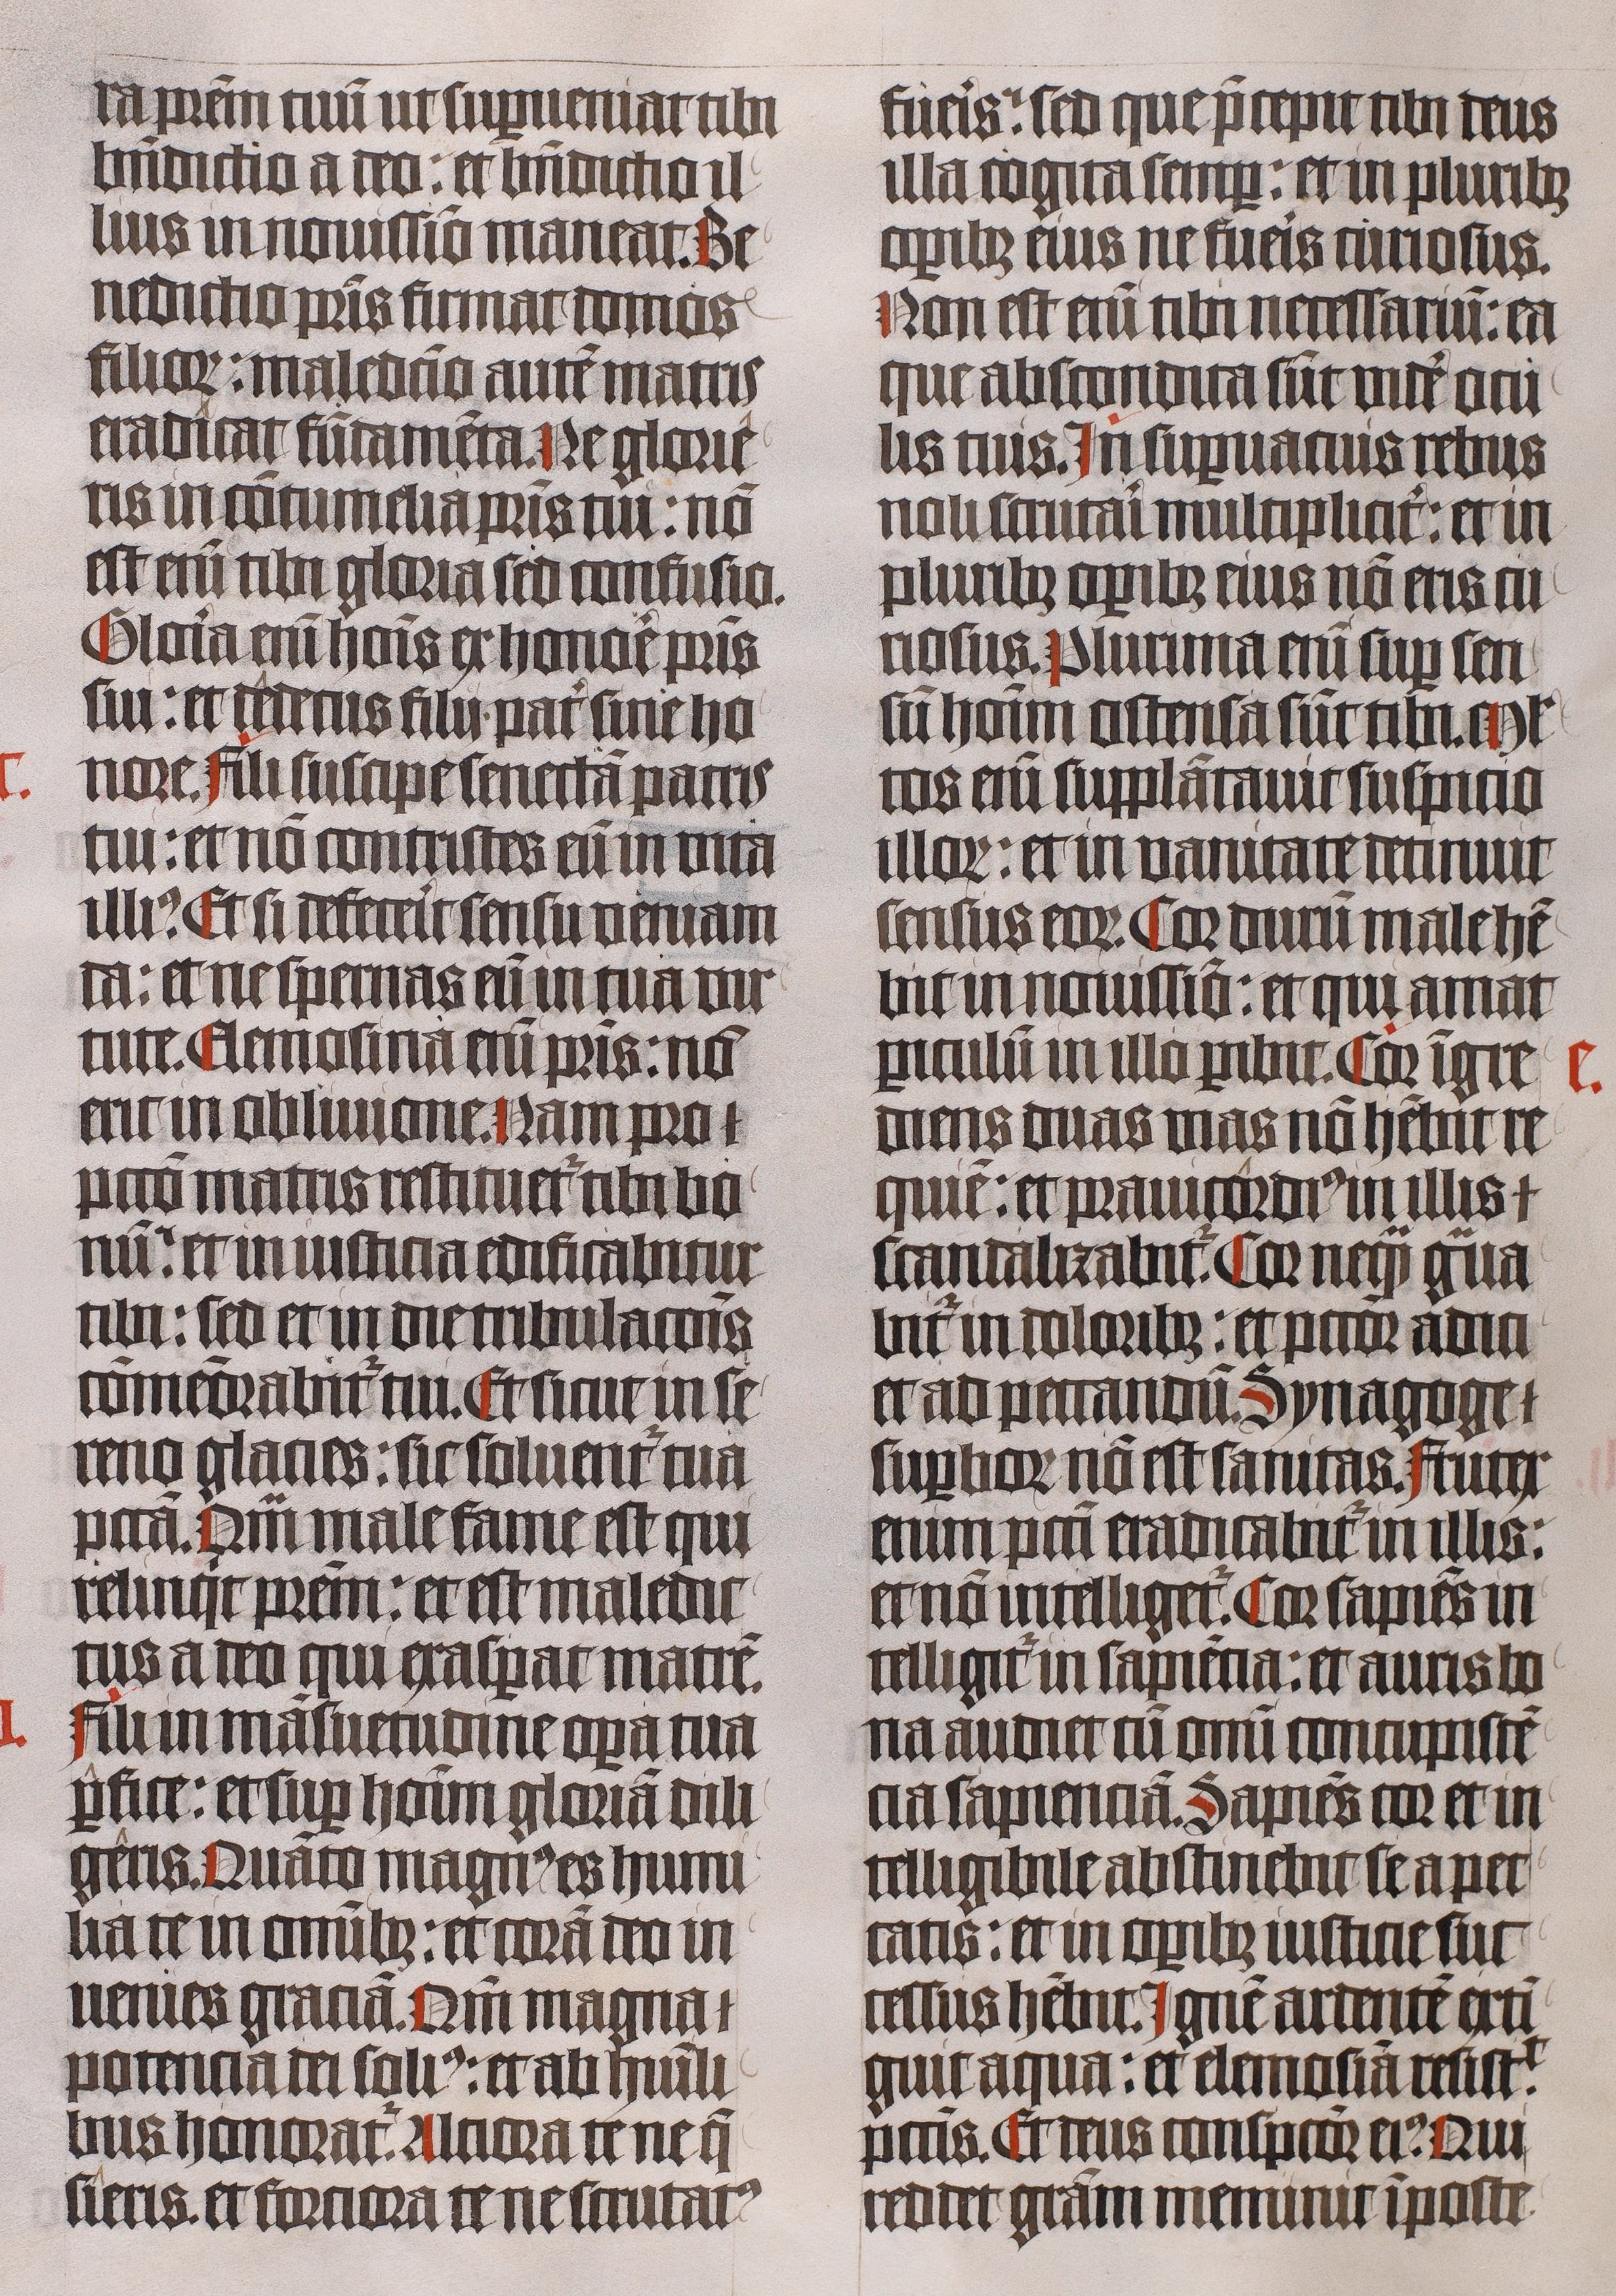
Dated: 1443–1443